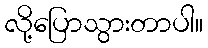
လို့ပြောသွားတာပါ။